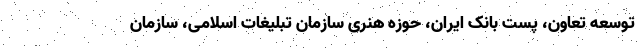
توسعه تعاون، پست بانک ایران، حوزه هنری سازمان تبلیغات اسلامی، سازمان